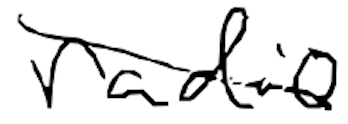
Text: radio
Cross-out: diagonal
Writing tool: digital_black